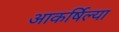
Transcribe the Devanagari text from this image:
आकर्षिल्या